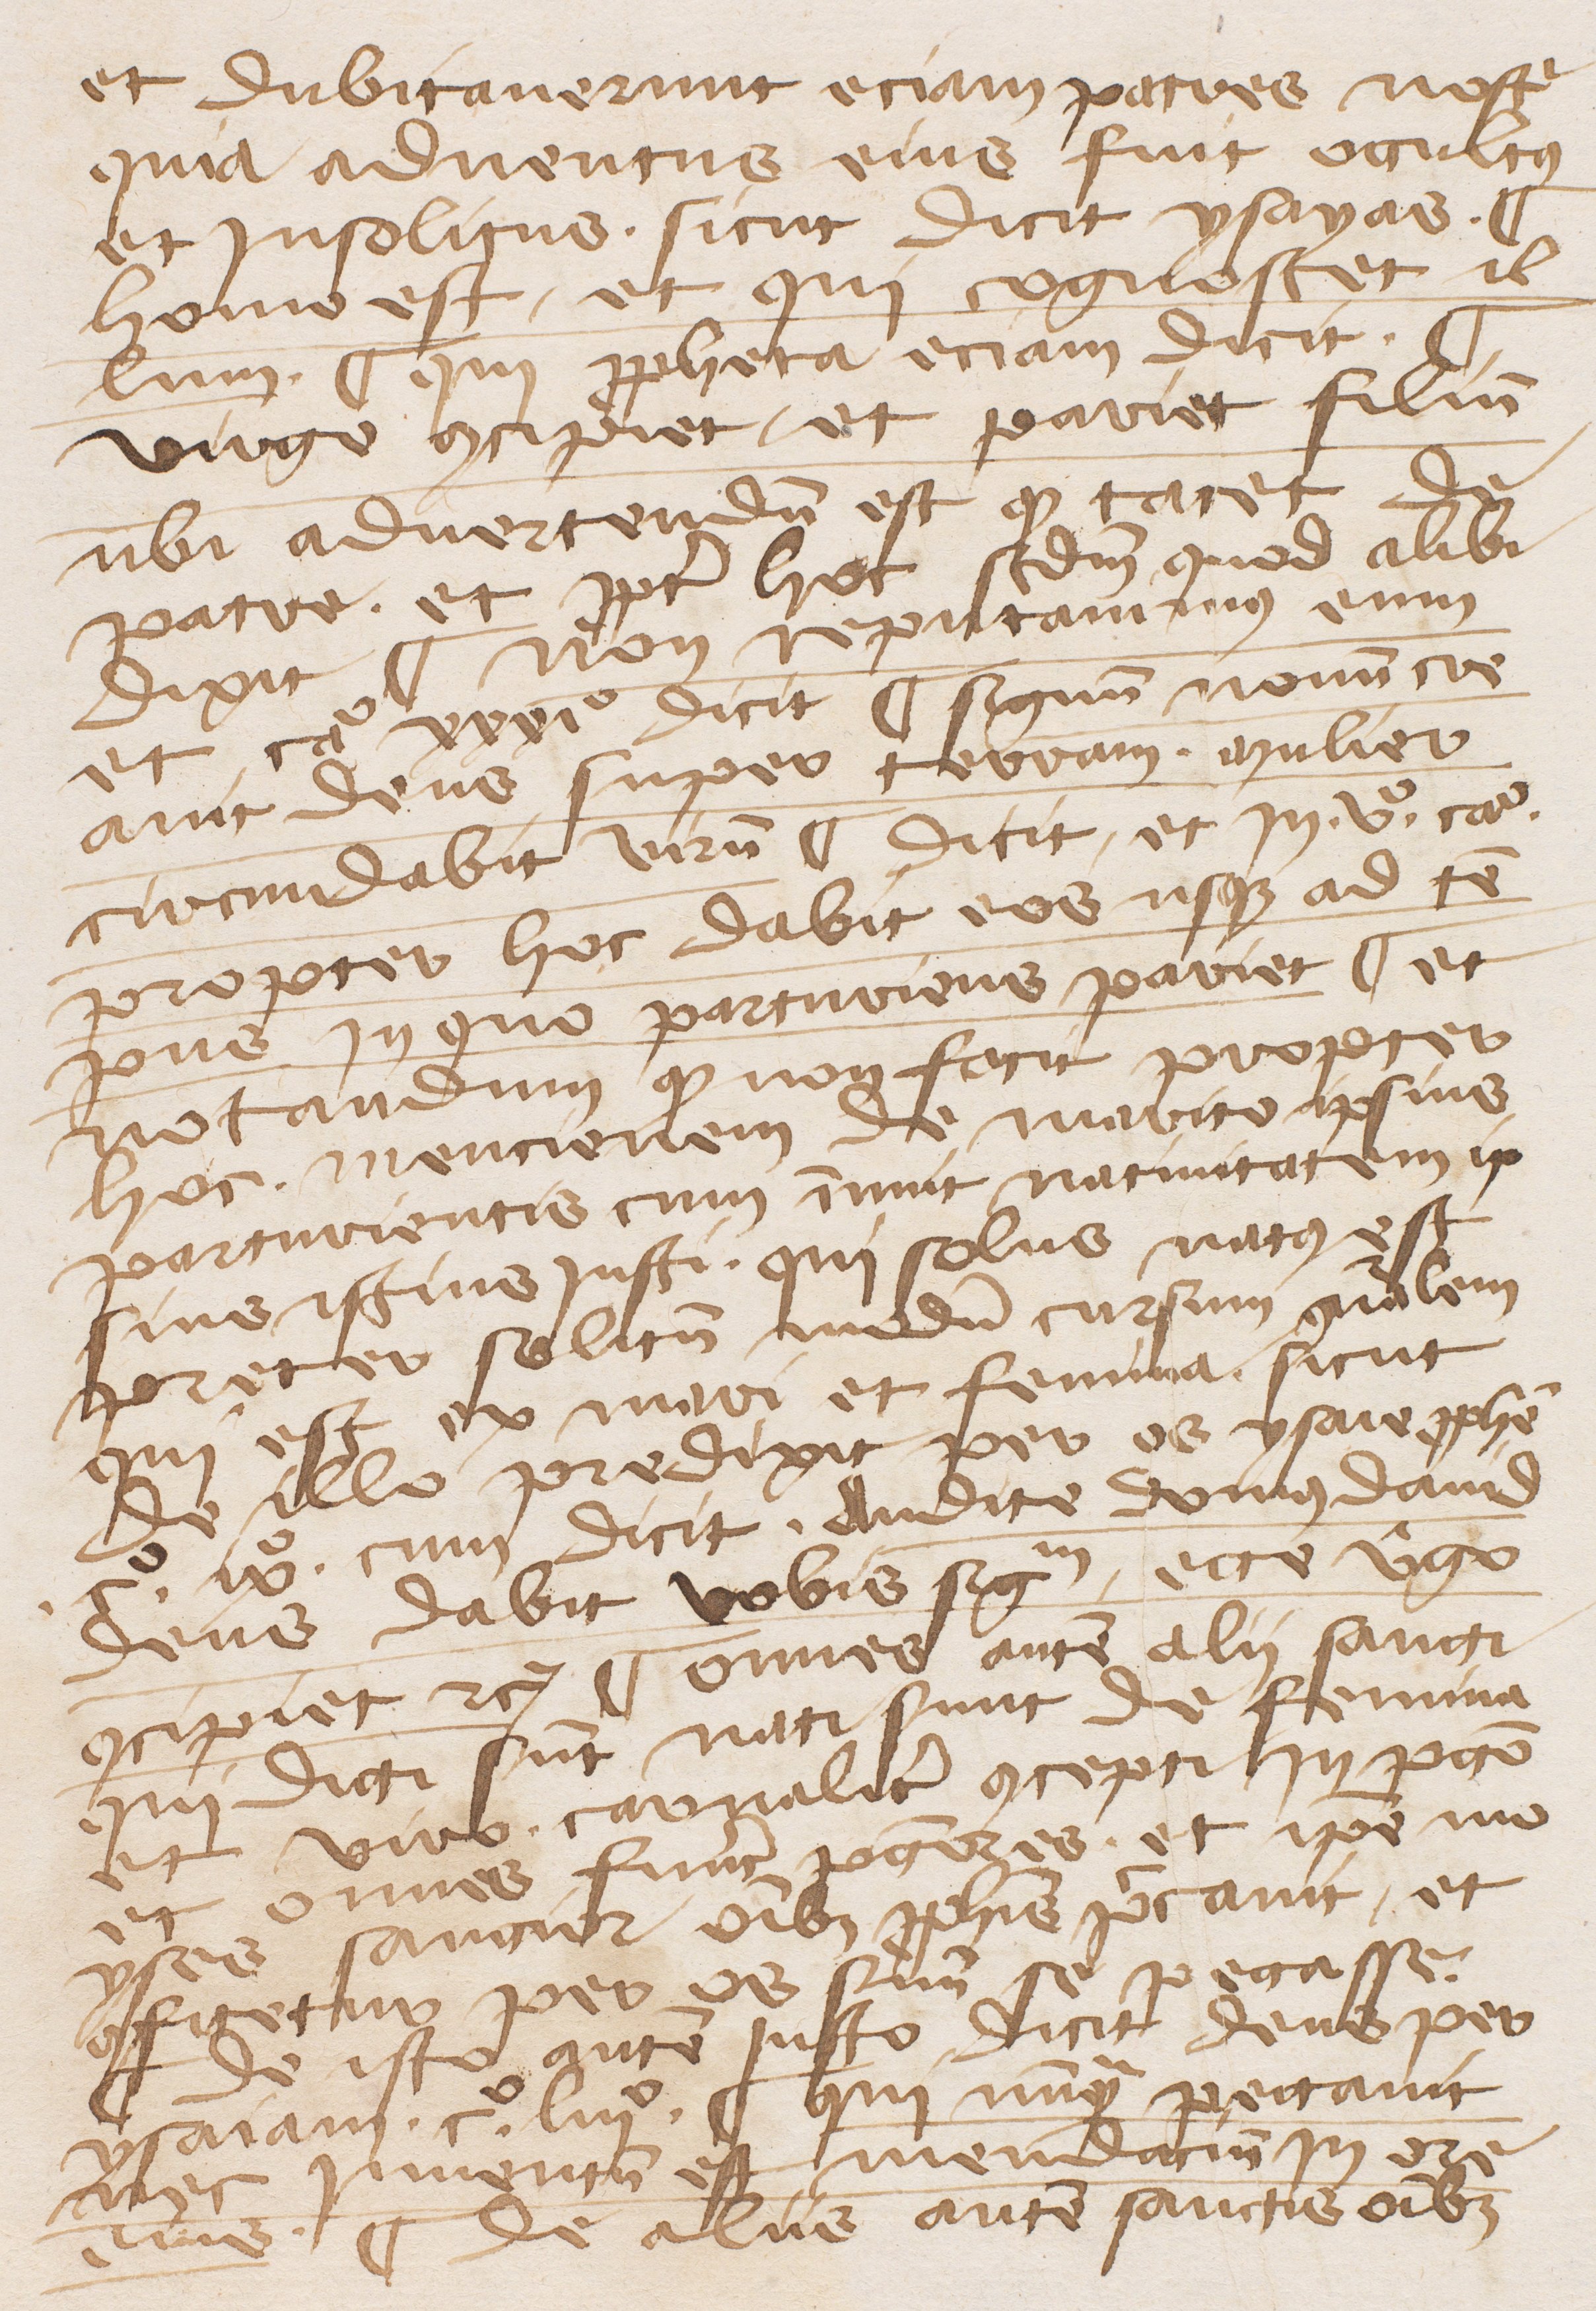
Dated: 1345–1355